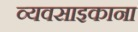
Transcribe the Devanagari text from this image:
व्यवसाइकाना